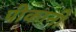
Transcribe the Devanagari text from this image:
पीकानी